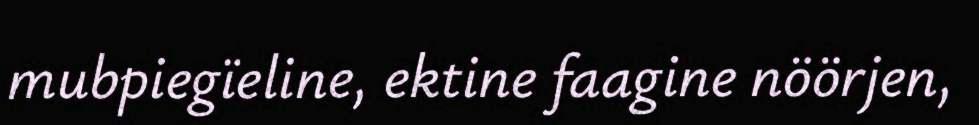
mubpiegïeline, ektine faagine nöörjen,